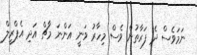
ނަމަވެސް ދެ ފަރާތުން ވެސް މިހާރު ވަނީ އަންނަ މާޗް އަދި އެޕްރީލް